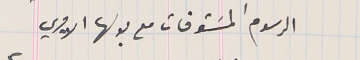
الرسوم المسَتوفات مع بدلها الاميري